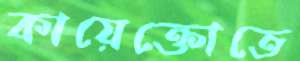
কায়েক্তোতে